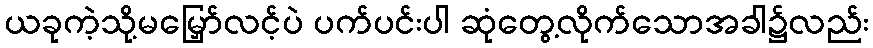
ယခုကဲ့သို့မမြှော်လင့်ပဲ ပက်ပင်းပါ ဆုံတွေ့လိုက်သောအခါ၌လည်း